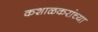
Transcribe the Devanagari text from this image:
कशाळकरांच्या